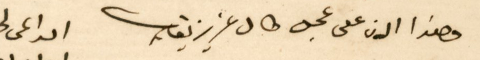
وهذا الان على عجل طال عزيز بقاك الداعى